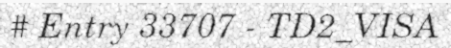
# Entry 33707 - TD2_VISA